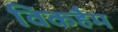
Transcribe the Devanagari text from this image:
विकहैम